Scottish Leaving Certificate Examination, 1958
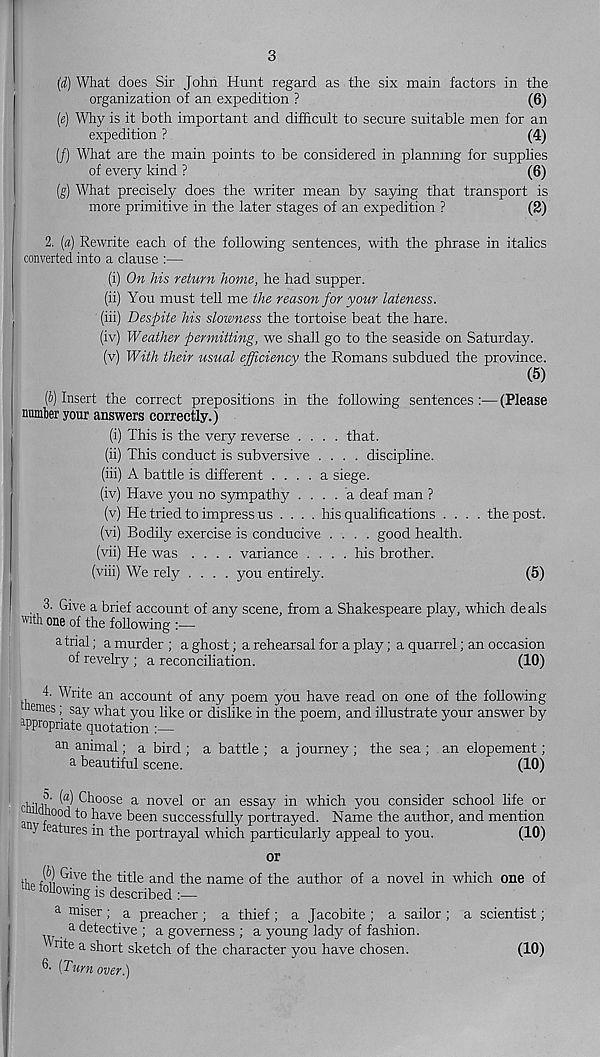
3
(d) What does Sir John Hunt regard as the six main factors in the
organization of an expedition ?
(6)
(«) Why is it both important and difficult to secure suitable men for an
expedition ?
(4)
(/) What are the main points to be considered in planning for supplies
of every kind ?
(6)
(g) What precisely does the writer mean by saying that transport is
more primitive in the later stages of an expedition ?
(2)
2. (a) Rewrite each of the following sentences, with the phrase in italics
converted into a clause :—
(i) On his return home, he had supper.
(ii) You must tell me the reason for your lateness.
(iii) Despite his slowness the tortoise beat the hare.
(iv) Weather permitting, we shall go to the seaside on Saturday.
(v) With their usual efficiency the Romans subdued the province.
(5)
(6) Insert the correct prepositions in the following sentences :•— (Please
number your answers correctly.)
(i) This is the very reverse .... that.
(ii) This conduct is subversive .... discipline.
(iii) A battle is different .... a siege.
(iv) Have you no sympathy .... a deaf man ?
(v) He tried to impress us .... his qualifications .... the post.
(vi) Bodily exercise is conducive .... good health.
(vii) He was .... variance .... his brother.
(viii) We rely .... you entirely.
(5)
|
3. Give a brief account of any scene, from a Shakespeare play, which deals
with one of the following
a trial; a murder ; a ghost; a rehearsal for a play; a quarrel; an occasion
of revelry ; a reconciliation.
(10)
4. Write an account of any poem you have read on one of the following
umes; say what you like or dislike in the poem, and illustrate your answer by
appropriate quotation :—
an animal; a bird ; a battle ; a journey ; the sea ; an elopement;
a beautiful scene.
(10)
ch'lrn ^ Choose a novel or an essay in which you consider school life or
hood to have been successfully portrayed. Name the author, and mention
n V eatures in the portrayal which particularly appeal to you.
(10)
or
ttio in ^V e
title and the name of the author of a novel in which one of
following is described :—
a miser ; a preacher ; a thief ; a Jacobite ; a sailor ; a scientist;
■ a ^et ec tive ; a governess ; a young lady of fashion,
rite a short sketch of the character you have chosen.
(10)
(Turnover.)